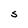
Character: S